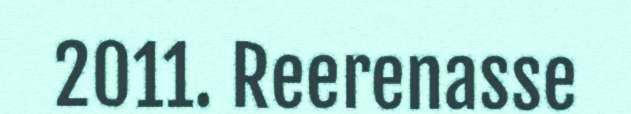
2011. Reerenasse